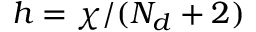
h = \chi / ( N _ { d } + 2 )